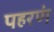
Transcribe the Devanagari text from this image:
पहरणं